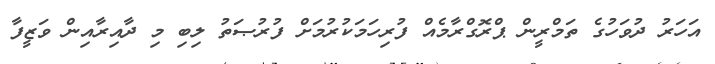
އަހަރު ދުވަހުގެ ތަމްރީން ޕްރޮގްރާމެއް ފުރިހަމަކުރުމަށް ފުރުޞަތު ލިބި މި ދާއިރާއިން ވަޒީފާ